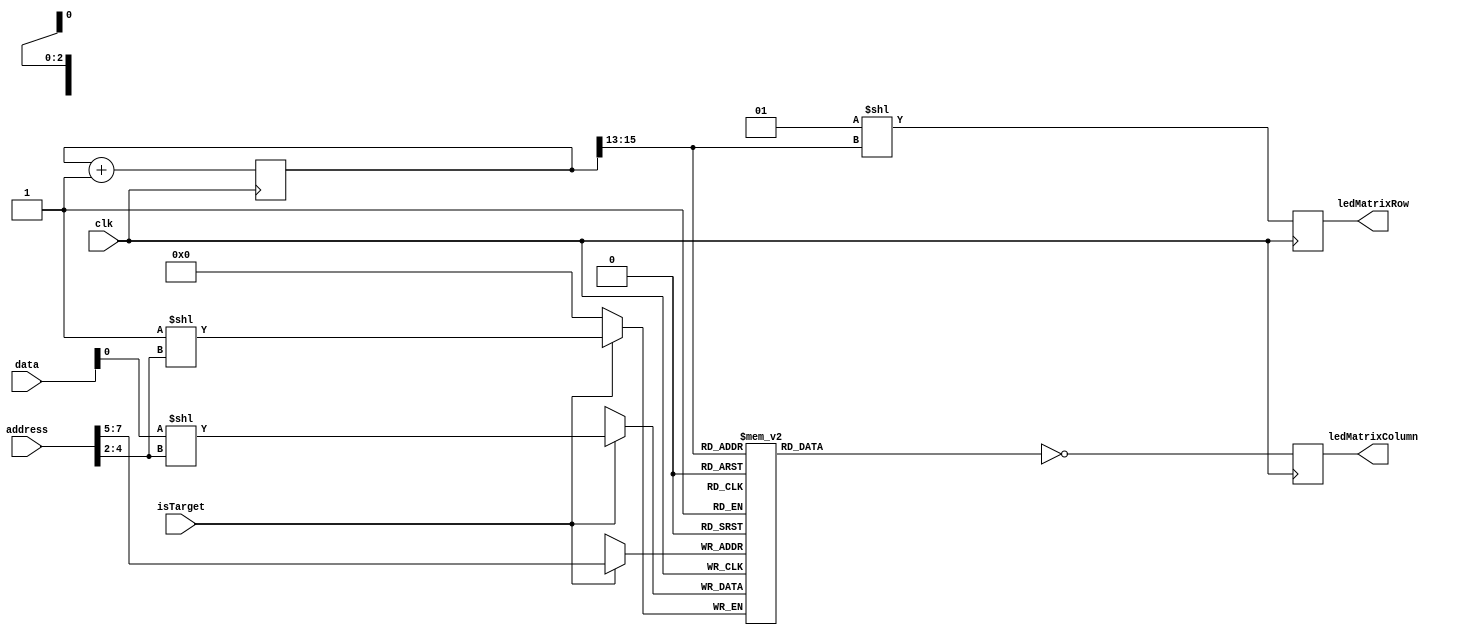

module LedMatrixPeripheral(
  input clk,
  input isTarget,
  input [27:0] address,
  input [31:0] data,
  output reg [7:0] ledMatrixRow,
  output reg [7:0] ledMatrixColumn
);

reg [15:0] index;
reg [2:0] test;
reg [7:0] values [0:7];

always @(posedge clk) begin
  ledMatrixRow <= 1 << index[15:13];
  ledMatrixColumn <= ~values[index[15:13]];
  index <= index + 1;
end

always @(negedge clk) begin
  if (isTarget) begin
    test = address[4:2];
    values[address[7:5]][address[4:2]] <= data[0];
  end
end

endmodule